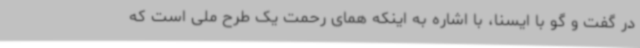
در گفت و گو با ایسنا، با اشاره به اینکه همای رحمت یک طرح ملی است که